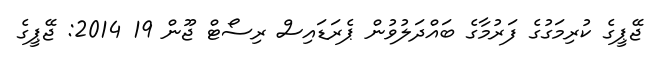
ޖޭޕީގެ ކުރިމަގުގެ ފަރުމާގެ ބައްދަލުުވުން ޕެރަޑައިސް ރިސޯޓް ޖޫން 19 2014: ޖޭޕީގެ